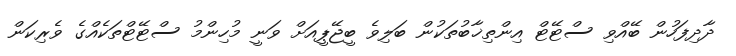
ދާދިފަހުން ބޭއްވި ސްޓޭޓް އިންތިޚާބުތަކުން ބަލިވެ ބީޖޭޕީއަށް ވަނީ މުހިންމު ސްޓޭޓްތަކެއްގެ ވެރިކަން